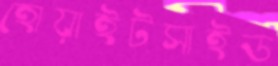
হোয়াইটসাইড